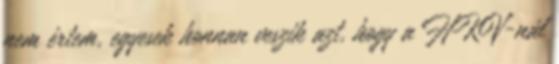
nem értem, egyesek honnan veszik azt, hogy a HKV-nál